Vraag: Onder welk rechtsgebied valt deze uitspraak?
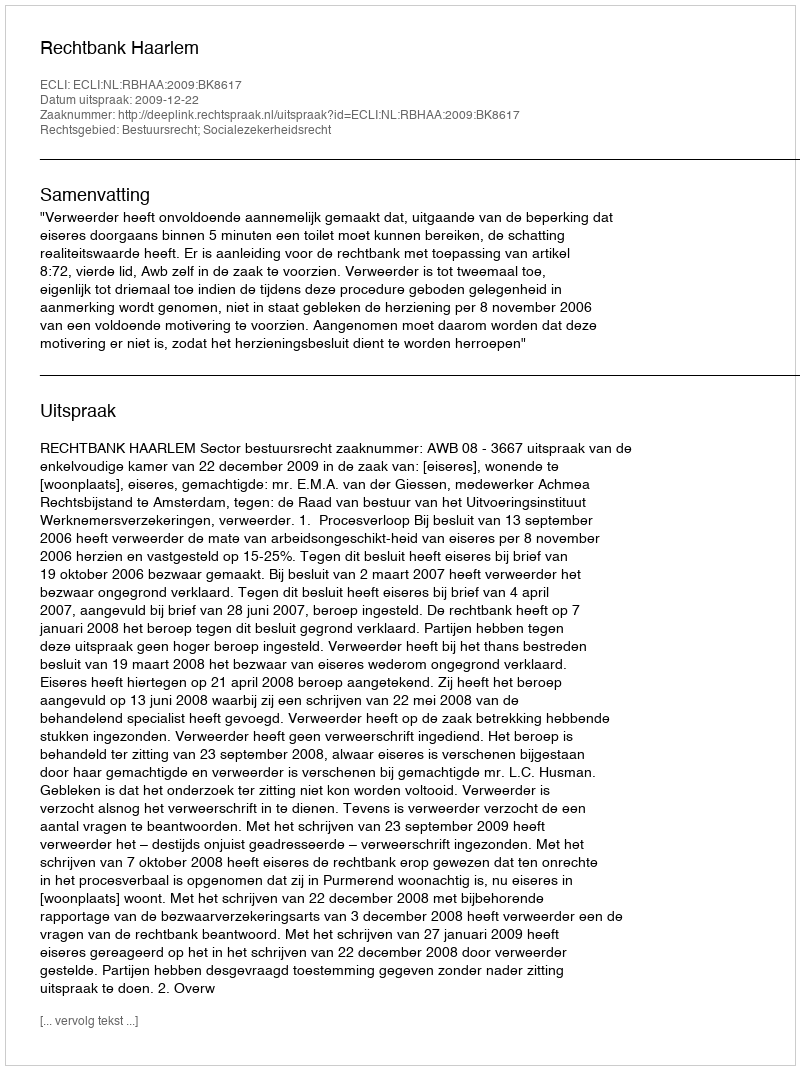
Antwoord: Bestuursrecht; Socialezekerheidsrecht